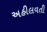
અહીલવતી